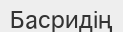
Басридің